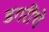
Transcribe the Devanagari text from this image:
डगरींचे